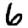
Digit: 6